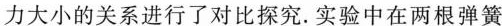
力大小的关系进行了对比探究。实验中在两根弹簧